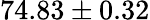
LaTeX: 74.83\pm 0.32